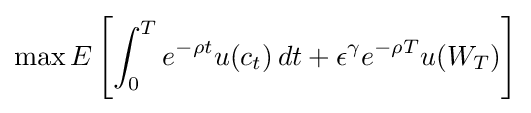
\max E\left[\int _{0}^{T}e^{-\rho t}u(c_{t})\,dt+\epsilon ^{\gamma }e^{-\rho T}u(W_{T})\right]